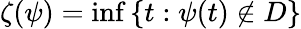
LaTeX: \zeta(\psi)=\operatorname*{inf}\left\{ t:\psi(t)\notin D\right\}